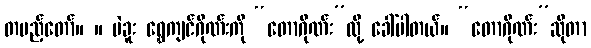
တပည့်တော်။ ။ ပဲခူး ရွှေကျင်ဂိုဏ်းကို “တောဂိုဏ်း”လို့ ခေါ်ပါတယ်။ “တောဂိုဏ်း”ဆိုတာ